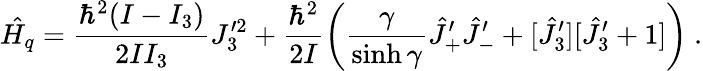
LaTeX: \hat{H_{q}}=\frac{\hbar^{2}(I-I_{3})}{2II_{3}}J_{3}^{\prime 2}+\frac{\hbar^{2}}{2I}\left(\frac{\gamma}{\sinh\gamma}\hat{J}_{+}^{\prime}\hat{J}_{-}^{\prime}+[\hat{J}_{3}^{\prime}][\hat{J}_{3}^{\prime}+1]\right)~.